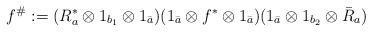
LaTeX: \begin{align*}f^\#:=(R_a^* \otimes 1_{b_1} \otimes 1_{\bar{a}} )(1_{\bar{a}}\otimes f^* \otimes 1_{\bar{a}})(1_{\bar{a}} \otimes 1_{b_2} \otimes \bar{R}_a )\end{align*}